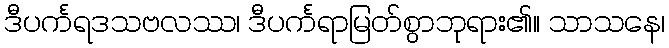
ဒီပင်္ကရဒသဗလဿ၊ ဒီပင်္ကရာမြတ်စွာဘုရား၏။ သာသနေ၊